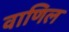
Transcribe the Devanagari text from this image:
वाणिल